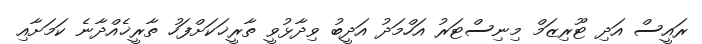
ރައީސް އަދި ޓޫރިޒަމް މިނިސްޓަރު އަހްމަދު އަދީބު ވިދާޅުވީ ތާރީޚަކަށްފަހު ތާރީޚެއްދާނެ ކަމަށާއި